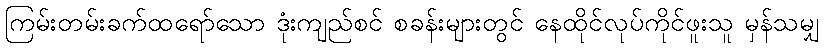
ကြမ်းတမ်းခက်ထရော်သော ဒုံးကျည်စင် စခန်းများတွင် နေထိုင်လုပ်ကိုင်ဖူးသူ မှန်သမျှ